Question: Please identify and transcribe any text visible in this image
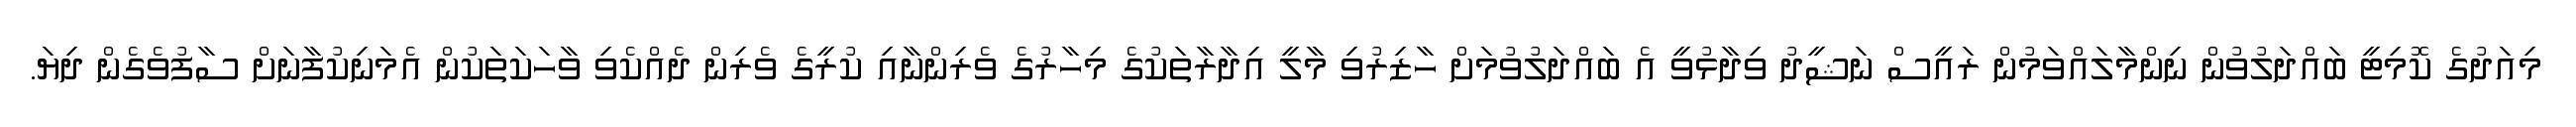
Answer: މިއަދުގެ ކޮމިޓީ ބައްދަލުވުން ނިންމާލައްވަމުން ރައީސް ނަޝީދު ވިދާޅުވީ އެ ބައްދަލުވުމަށް ހާޒިރުވި މާލީ އިދާރާތަކުގެ މިހާރުގެ ވެރިންނާއި ކުރީގެ ވެރިން ދެއްކެވި ވާހަކަތަކުން އެމަނިކުފާނަށް ސާފުވެގެން ދިޔަ.